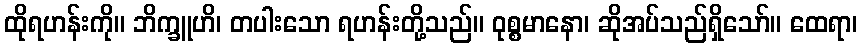
ထိုရဟန်းကို။ ဘိက္ခူဟိ၊ တပါးသော ရဟန်းတို့သည်။ ဝုစ္စမာနော၊ ဆိုအပ်သည်ရှိသော်။ ထေရာ၊